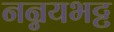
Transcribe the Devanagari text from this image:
नन्नयभट्ट